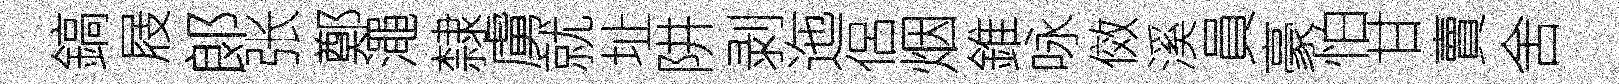
鎬屐郞张鄭澠隸虜就址阱剥迤侶烟錐咏傚溪員豪怕甘賣舍